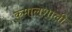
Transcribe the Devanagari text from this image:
कमालशाली